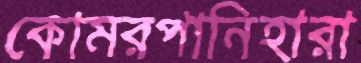
কোমরপানিহারা